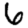
Digit: 6